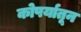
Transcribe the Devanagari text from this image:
कोपर्यातून